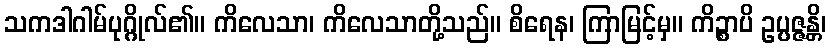
သကဒါဂါမ်ပုဂ္ဂိုလ်၏။ ကိလေသာ၊ ကိလေသာတို့သည်။ စိရေန၊ ကြာမြင့်မှ။ ကိဉ္စာပိ ဥပ္ပဇ္ဇန္တိ၊